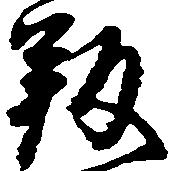
叛